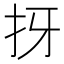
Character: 㧎